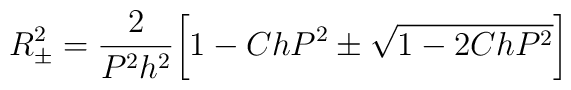
R^2_{\pm}=\frac{2}{P^2h^2}\bigg[1-ChP^2\pm\sqrt{1-2ChP^2}\bigg]